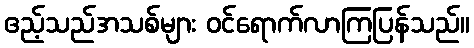
ဧည့်သည်အသစ်များ ဝင်ရောက်လာကြပြန်သည်။